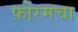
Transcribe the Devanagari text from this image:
फ़ोरमचा